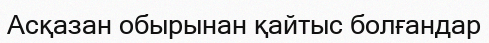
Асқазан обырынан қайтыс болғандар